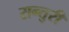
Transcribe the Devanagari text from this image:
सन्तुरी